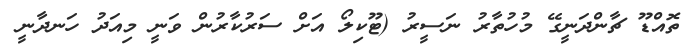
ތޮއްޑޫ ޗާންދަނީގޭ މުހުތާރު ނަސީރު (ޓޫކިލޯ އަށް ސަރުކާރުން ވަނީ މިއަދު ހަނދާނީ